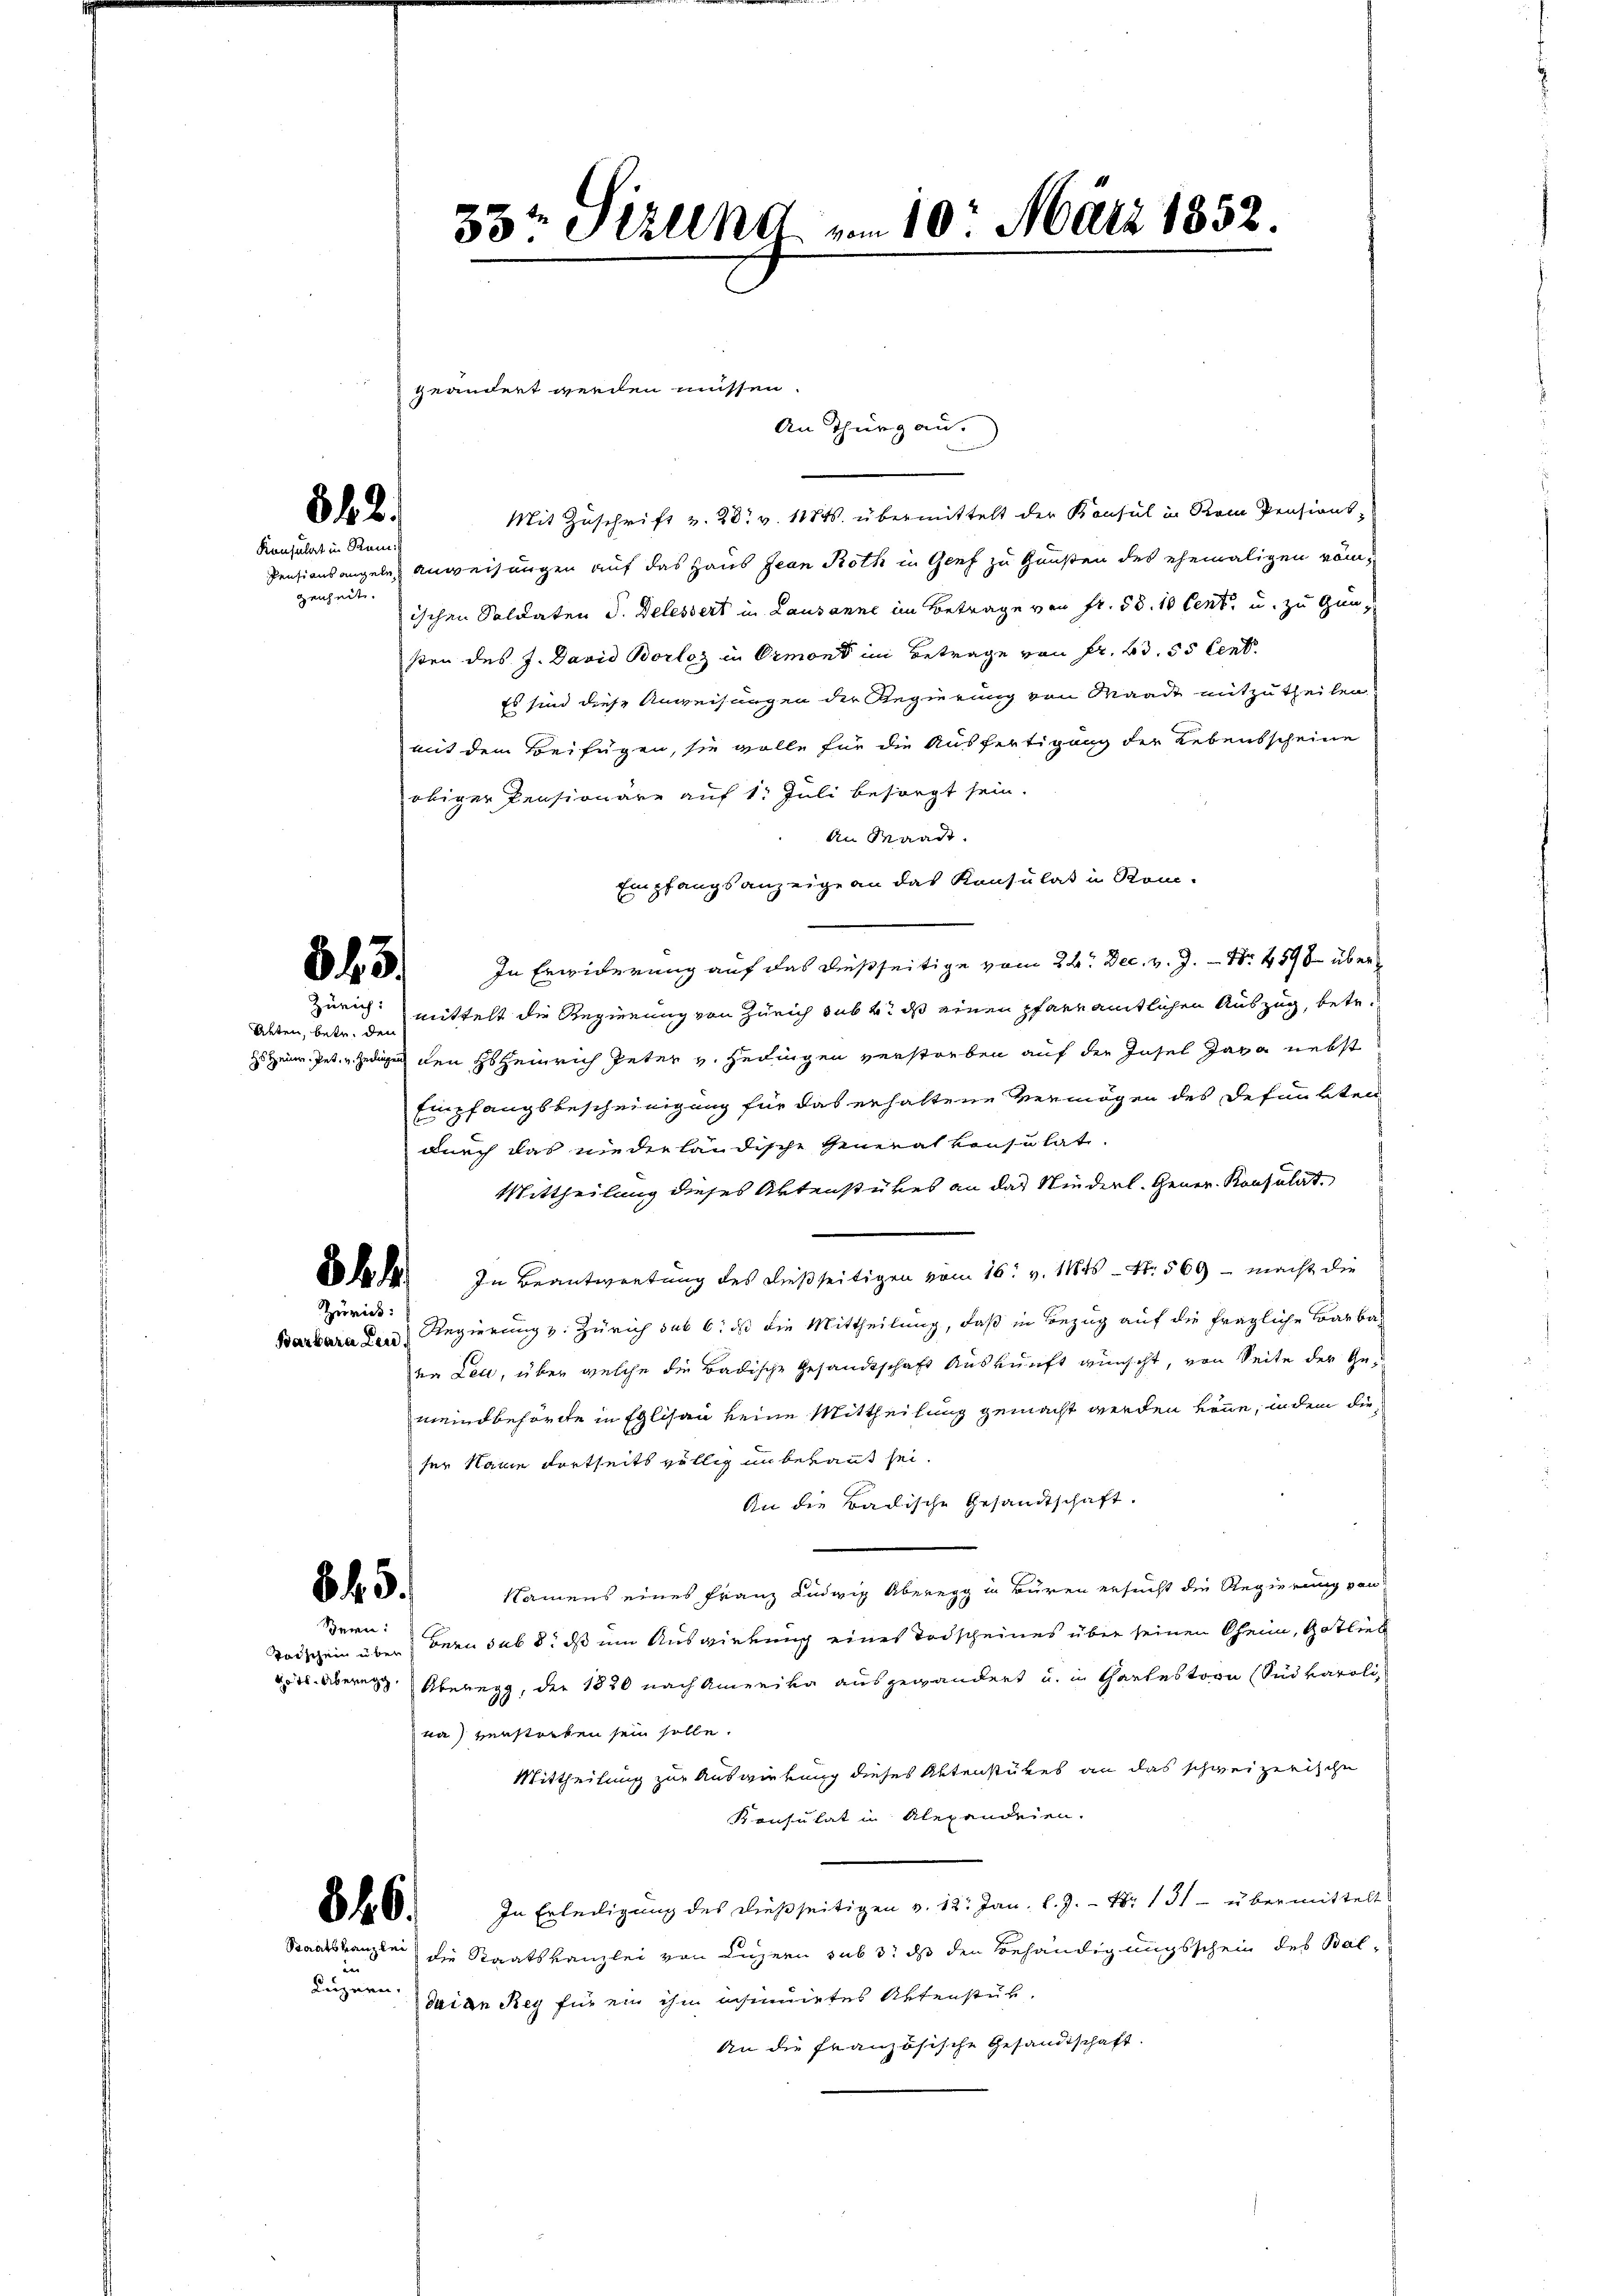
842.
Konsulat in Rein:
genheit.

33te Struend vom 10. März 1852.

Zürich:
Barbara Leu

343.

Mit Zuschrift v. 28. v. 1184. übermittelt der Konsul in Rein Pensions-
Pensionsangeln Anweisungen auf das Haus Jean Roth in Genf zu Hausen des ehemaligen römischen Soldaten S. Delessert in Lausanne im Betrage von Fr. 58. 10 Cent u. zu Gunßen des J. David Borlag in Ormont im Betrage von Fr. 63. 55 Cent
Es sind diese Anweisungen der Regierung von Waadt mitzutheilen
mit dem Beifügen, sie wolle für die Ausfertigung der Lebensscheine
obiger Pensionäre auf 1. Juli besorgt sein.
An Waadt.
Empfangsanzeige an das Konsulat in Rom-
In Erwiderung auf das dießseitige vom 22. Dec. v. J. Nr. 4598 über
Zürich mittelt die Regierung von Zürich sub 4. ds einen pfarramtlichen Auszug, betr.
Hs Heinr. Pet. v. Hedigen den Hs. Heinrich Peter v. Hedingen verstorben auf der Insel Java nebst
Empfangsbescheinigung für das erhaltene Vermögen des defunkten
durch das niederländische Generalkonsulat.
Mittheilung dieses Aktenstückes an das Niederl. Gener- Konsulat
Pkt. In Beantwortung des dießseitigen vom 16. v. 114 - N. 569 - macht die
Regierung v. Zürich sub 6. dß die Mittheilung, daß in Bezug auf die fragliche Barba-
en Leu, über welche die Badische Gesandtschaft Auskunft wünscht, von Seite der Gemeindbehörte in Eglisau keine Mittheilung gemacht werden könne, indem dieser Name dortseits völlig in bekant sei.
An die Badische Gesandtschaft.
Namens eines Franz Ludwig Überegg in Buren ersucht die Regierung von
Todschein über Bern sub 8. ds um Auswirkung eines Todscheines über seinen Oheim, Gotlieb
vt. Übern Überegg, der 1820 nach Amerika ausgewandert u. in Chartestern (Sudvaroli
na) verstorben sein solle.
Mittheilung zur Auswirkung dieses Aktenstükes an das schweizerische
Konsulat in Alexanderen.
88. In Erledigŭng des dießseitigen v. 12. Jan. l. J. N. 131 übermittelt
Staatskanzlei die Staatskanzlei von Luzern sub 3. ds den Behändigungsschein des Bal¬
Luzern eige Reg für ein ihm ansinuirtes Aktenstük¬
An die französische Gesandtschaft.

Alten, betr. den

84. 5.
Bern:

An Thurgau.

geändert werden müssen.